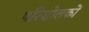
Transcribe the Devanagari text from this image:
परिशोलकों